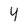
Character: 4